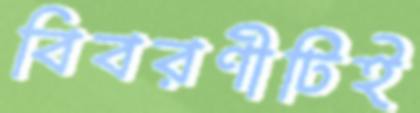
বিবরণীটিই